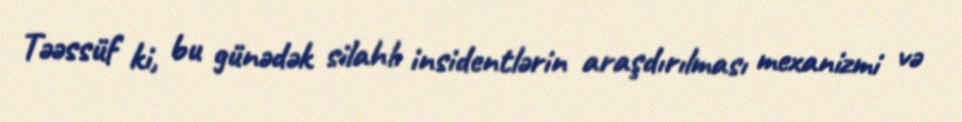
Təəssüf ki, bu günədək silahlı insidentlərin araşdırılması mexanizmi və